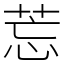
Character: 莣